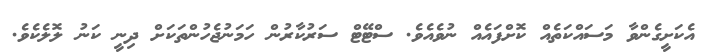
އެކަށީގެންވާ މަސައްކަތެއް ކޮށްފައެއް ނުވެއެވެ. ސްޓޭޓް ސަރުކާރުން ހަމަނުޖެހުންތަކަށް ދިނީ ކަނު ލޮލެކެވެ.